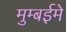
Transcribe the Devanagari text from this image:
मुम्बईमे